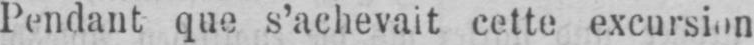
Pendant que s’achevait cette excursion